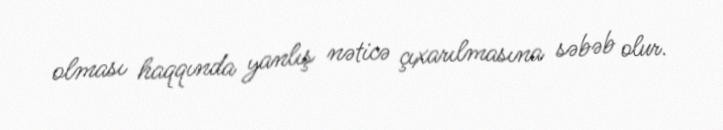
olması haqqında yanlış nəticə çıxarılmasına səbəb olur.